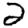
Digit: 2